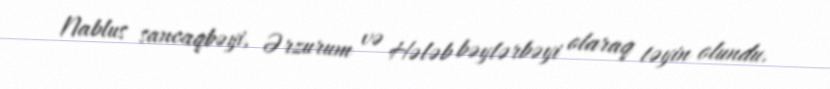
Nablus sancaqbəyi, Ərzurum və Hələb bəylərbəyi olaraq təyin olundu.